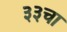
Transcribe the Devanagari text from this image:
३३चा